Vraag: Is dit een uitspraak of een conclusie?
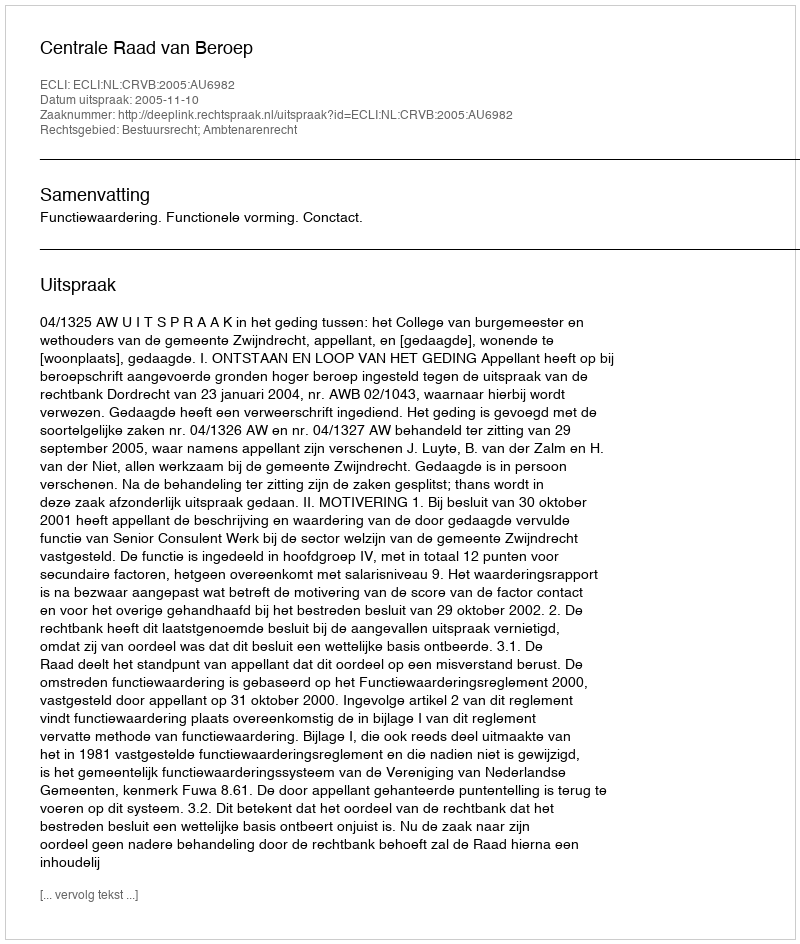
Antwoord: Uitspraak